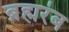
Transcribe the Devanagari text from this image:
ब्रह्मरंब